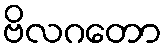
ဗိလဂတော